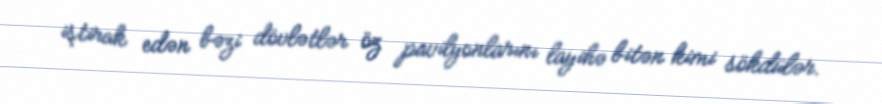
iştirak edən bəzi dövlətlər öz pavilyonlarını layihə bitən kimi sökdülər.